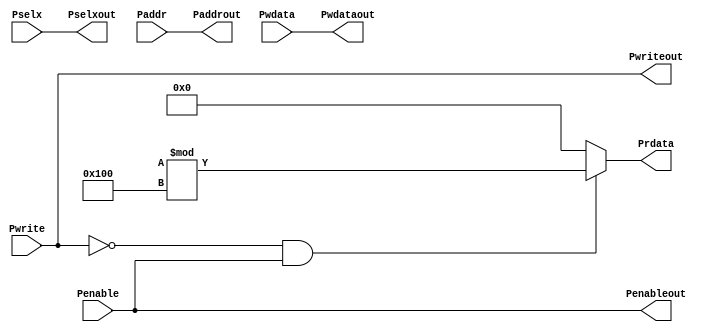
module APB_Interface(Pwrite,Pselx,Penable,Paddr,Pwdata,Pwriteout,Pselxout,Penableout,Paddrout,Pwdataout,Prdata);

input Pwrite,Penable;
input [2:0] Pselx;
input [31:0] Pwdata,Paddr;

output Pwriteout,Penableout;
output [2:0] Pselxout;
output [31:0] Pwdataout,Paddrout;
output reg [31:0] Prdata;

assign Penableout=Penable;
assign Pselxout=Pselx;
assign Pwriteout=Pwrite;
assign Paddrout=Paddr;
assign Pwdataout=Pwdata;

always @(*)
 begin
  if (~Pwrite && Penable)
   Prdata=($random)%256;
  else
   Prdata=0;
 end

endmodule